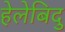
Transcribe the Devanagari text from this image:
हेलेबिदु